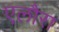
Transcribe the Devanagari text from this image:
एलौरा